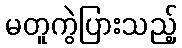
မတူကွဲပြားသည့်